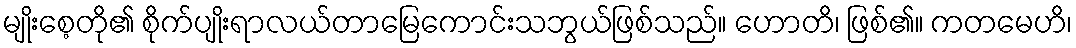
မျိုးစေ့တို၏ စိုက်ပျိုးရာလယ်တာမြေကောင်းသဘွယ်ဖြစ်သည်။ ဟောတိ၊ ဖြစ်၏။ ကတမေဟိ၊